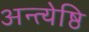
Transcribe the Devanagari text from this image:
अन्त्येष्ठि